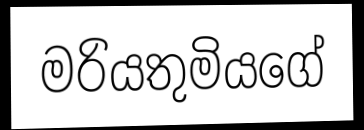
මරියතුමියගේ